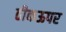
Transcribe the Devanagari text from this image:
ठीकऊपर